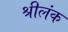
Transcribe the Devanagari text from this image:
श्रीलंक